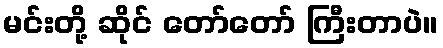
မင်းတို့ ဆိုင် တော်တော် ကြီးတာပဲ။